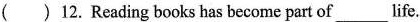
( )12.Reading books has become part of ___ life.